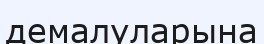
демалуларына